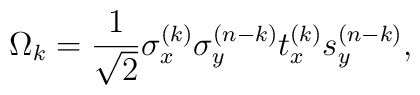
\Omega_k={1\over \sqrt{2}}\sigma_x^{(k)}\sigma_y^{(n-k)}t_x^{(k)}s_y^{(n-k)},